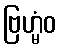
ဗြဟ္မံဝ